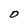
Character: O